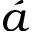
\acute { a }